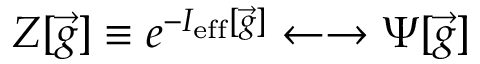
Z [ { \vec { g } } ] \equiv e ^ { - I _ { \mathrm { e f f } } [ { \vec { g } } ] } \leftarrow \rightarrow \Psi [ { \vec { g } } ]